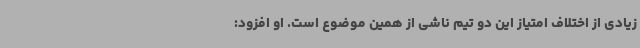
زیادی از اختلاف امتیاز این دو تیم ناشی از همین موضوع است. او افزود: